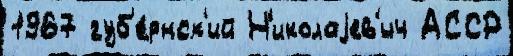
1967 губ'е́рнск'ий Н'иколаjев'ич АССР